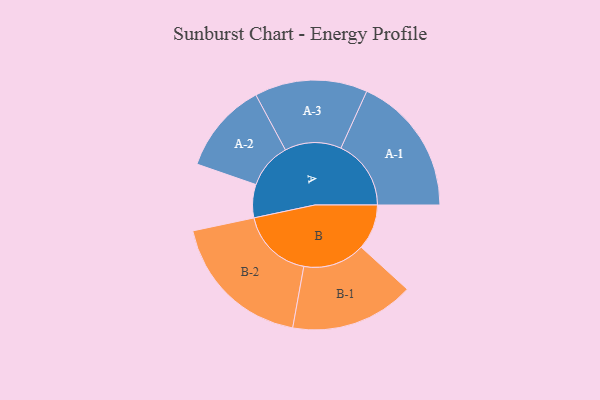
{"axis": {"x": "Segment", "y": "Value"}, "legend": ["", "A", "B"], "data": [{"x": "A", "y": 126, "type": ""}, {"x": "B", "y": 172, "type": ""}, {"x": "A-1", "y": 266, "type": "A"}, {"x": "A-2", "y": 173, "type": "A"}, {"x": "A-3", "y": 214, "type": "A"}, {"x": "B-1", "y": 235, "type": "B"}, {"x": "B-2", "y": 275, "type": "B"}]}